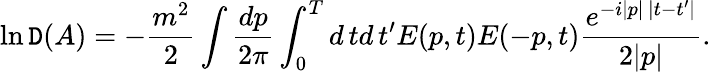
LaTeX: \ln\mathtt{D}(A)=-\frac{{m^{2}}}{2}\int\frac{{dp}}{{2\pi}}\int_{0}^{T}d\, td\, t^{\prime}E(p,t)E(-p,t)\frac{{e^{-i|p|\, |t-t^{\prime}|}}}{{2|p|}}.